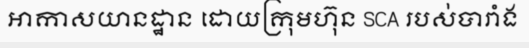
អាកាសយានដ្ឋាន ដោយក្រុមហ៊ុន SCA របស់បារាំង